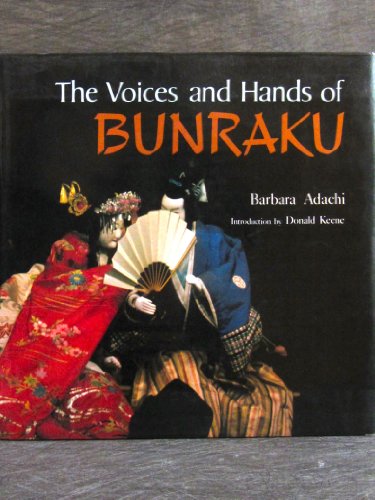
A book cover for Voices and Hands of Bunraku; Barbara Adachi; Crafts, Hobbies & Home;